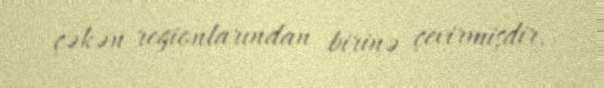
çəkən regionlarından birinə çevirmişdir.